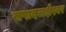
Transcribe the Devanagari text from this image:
सपादलक्षेश्वर